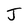
Character: J